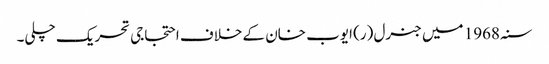
سنہ 1968 میں جنرل (ر) ایوب خان کے خلاف احتجاجی تحریک چلی۔